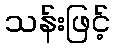
သန်းဖြင့်